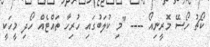
ކޯޗު ހޯސޭ މޮރީނިއޯ ---- "މި ކުލަބުގައި ހުރިހާ ތައްޓެއް ހޯދި މީހަކީ